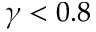
\gamma < 0 . 8